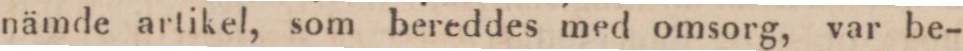
nämde artikel, som bereddes med omsorg, var be-